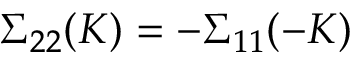
\Sigma _ { 2 2 } ( K ) = - \Sigma _ { 1 1 } ( - K )